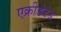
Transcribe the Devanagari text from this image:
एक्रीडेटेड